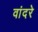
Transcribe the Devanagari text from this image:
वांदरे